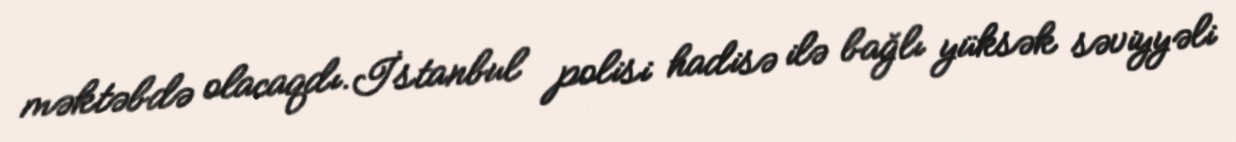
məktəbdə olacaqdı.İstanbul polisi hadisə ilə bağlı yüksək səviyyəli